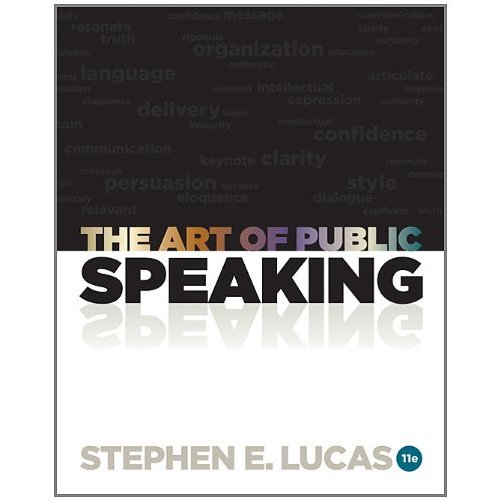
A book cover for The Art of Public Speaking; Stephen E. Lucas; Test Preparation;